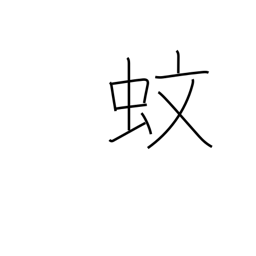
Meaning: mosquito